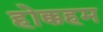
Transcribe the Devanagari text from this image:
होक्कहम